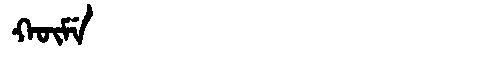
Manchu: ᡴᡡᠮᡝ
Romanization: KŪME